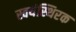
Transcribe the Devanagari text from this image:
स्वयंस्थिरक